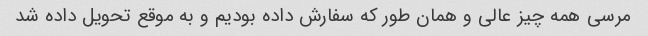
مرسی همه چیز عالی و همان طور که سفارش داده بودیم و به موقع تحویل داده شد